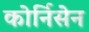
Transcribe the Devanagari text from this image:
कोर्निसेन